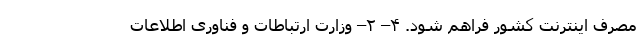
مصرف اینترنت کشور فراهم شود. ۴– ۲– وزارت ارتباطات و فناوری اطلاعات